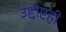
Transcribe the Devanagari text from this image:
उद्दीष्टही